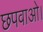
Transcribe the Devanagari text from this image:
छपवाओ।